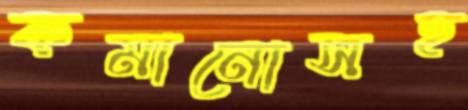
কমানোসহ